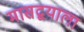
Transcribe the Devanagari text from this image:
मासद्वयाला